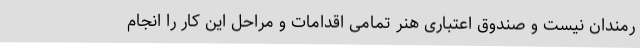
رمندان نیست و صندوق اعتباری هنر تمامی اقدامات و مراحل این کار را انجام